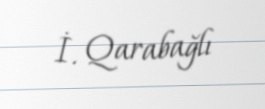
İ. Qarabağlı